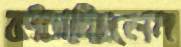
কাঁচাচ্ছিলেম